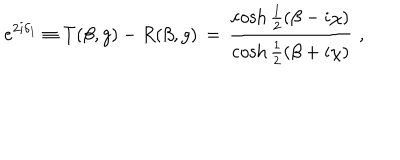
e ^ { 2 i \delta _ { 1 } } \equiv T ( \beta , g ) - R ( \beta , g ) \, = \, \frac { \cosh \frac { 1 } { 2 } \left( \beta - i \chi \right) } { \cosh \frac { 1 } { 2 } \left( \beta + i \chi \right) } \, \, ,